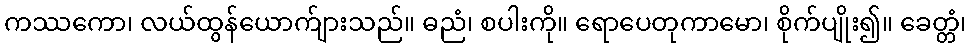
ကဿကော၊ လယ်ထွန်ယောက်ျားသည်။ ဓညံ၊ စပါးကို။ ရောပေတုကာမော၊ စိုက်ပျိုး၍။ ခေတ္တံ၊